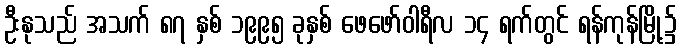
ဦးနုသည် အသက် ၈၇ နှစ် ၁၉၉၅ ခုနှစ် ဖေဖော်ဝါရီလ ၁၄ ရက်တွင် ရန်ကုန်မြို့၌